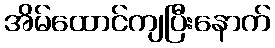
အိမ်ထောင်ကျပြီးနောက်